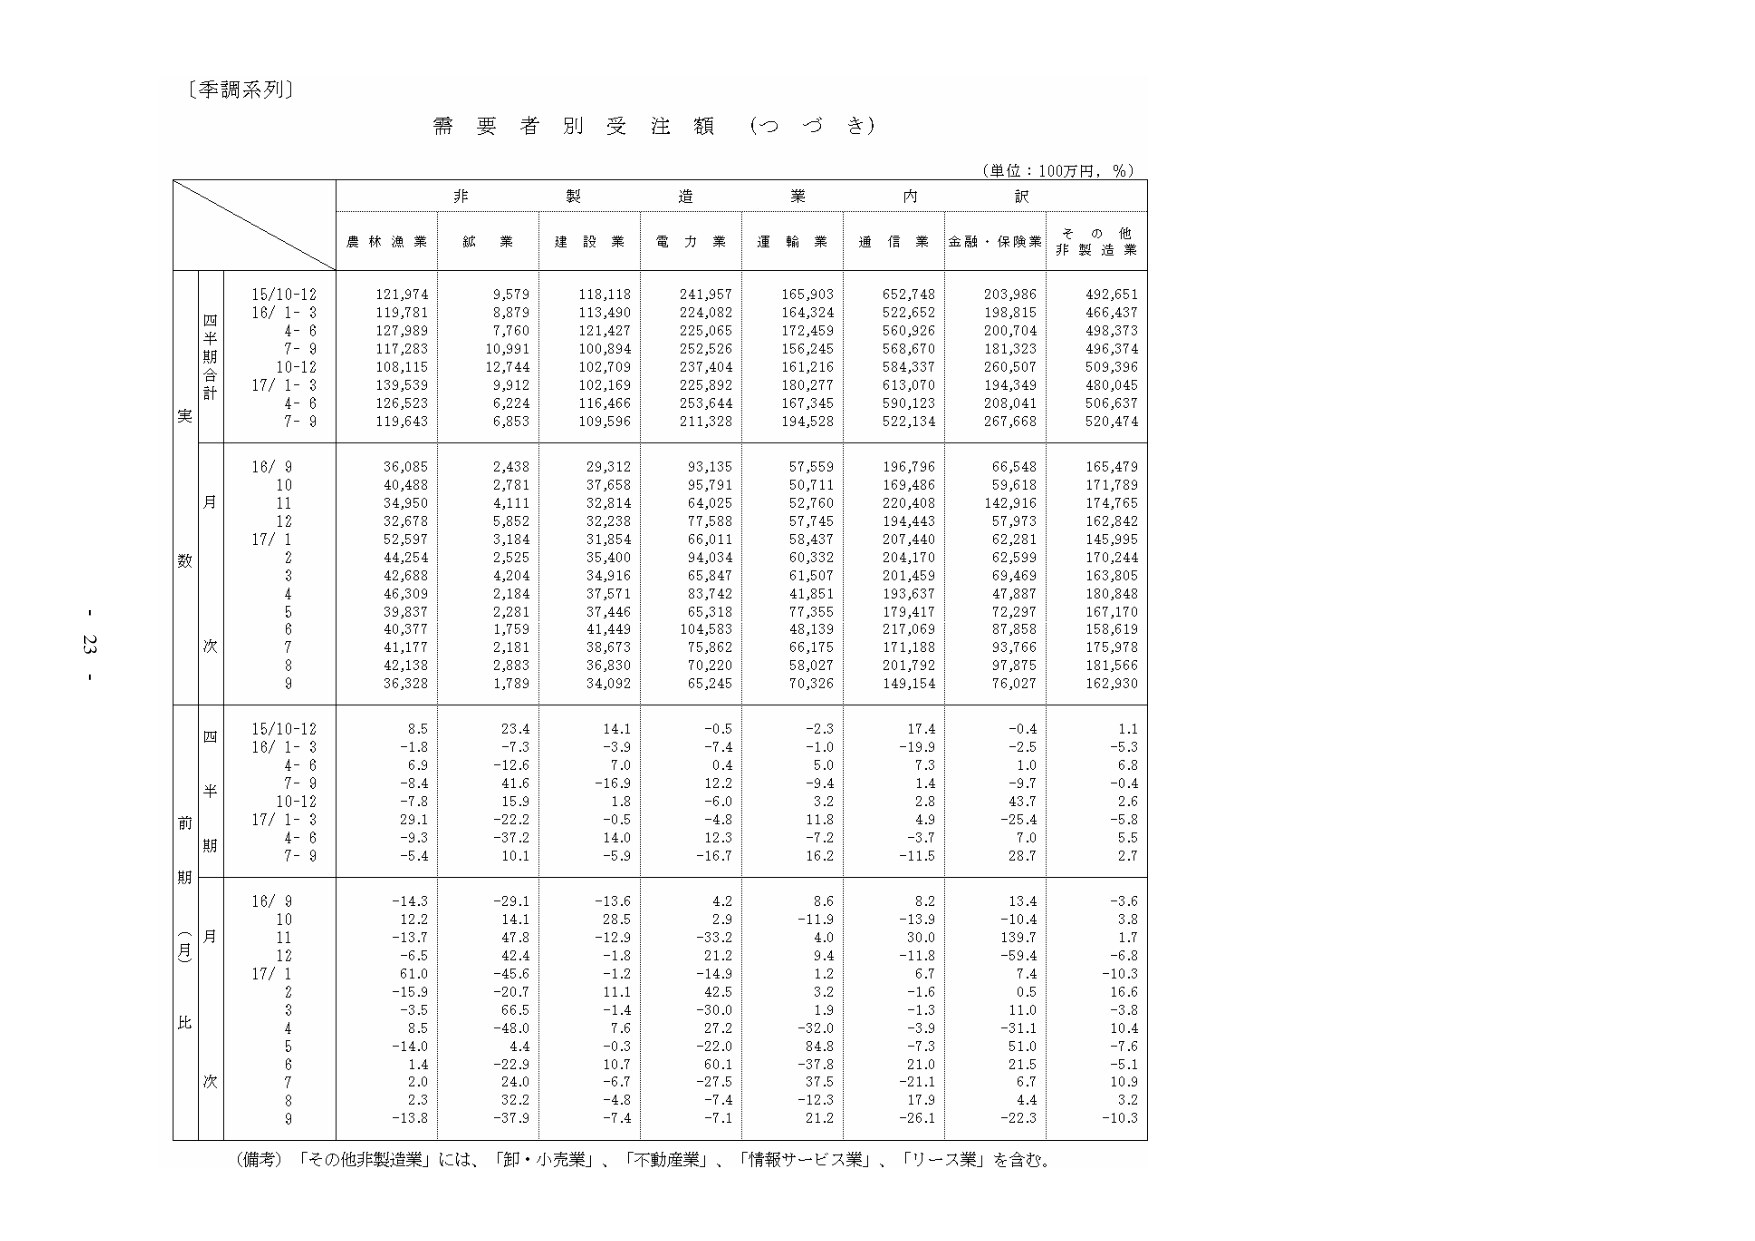
〔季調系列〕

需要者別受注額（つづき）

（単位：100万円，％）